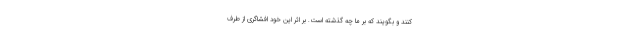
کنند و بگویند که بر ما چه گذشته است. بر اثر این خود افشاگری از طرف